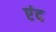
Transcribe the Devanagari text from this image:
एंद